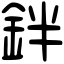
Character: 鉡